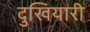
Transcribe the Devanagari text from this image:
दुखियारी